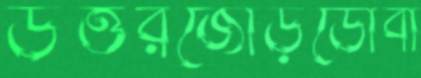
উত্তরজোড়ডোবা